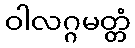
ဝါလဂ္ဂမတ္တံ